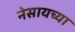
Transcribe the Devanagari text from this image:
नेसायच्या